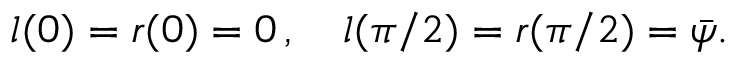
l ( 0 ) = r ( 0 ) = 0 \, , \quad l ( \pi / 2 ) = r ( \pi / 2 ) = { \bar { \psi } } .